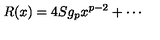
R ( x ) = 4 S g _ { p } x ^ { p - 2 } + \cdots